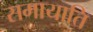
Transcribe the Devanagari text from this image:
समायाति